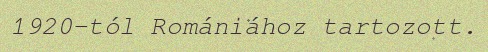
1920-tól Romániához tartozott.